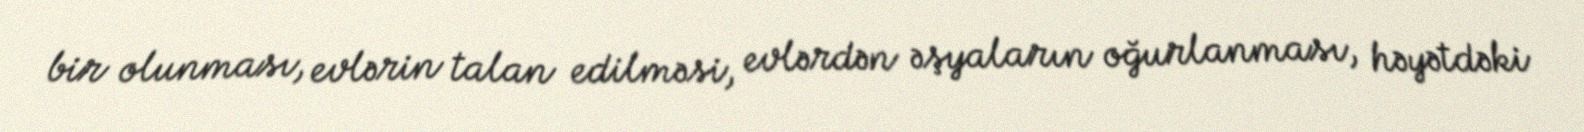
bir olunması, evlərin talan edilməsi, evlərdən əşyaların oğurlanması, həyətdəki